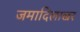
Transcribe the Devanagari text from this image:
जमादिलाखर